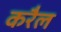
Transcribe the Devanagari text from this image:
करैल